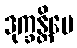
ဒုက္ခန္တိပေ